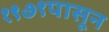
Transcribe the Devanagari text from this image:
१९७९पासून